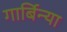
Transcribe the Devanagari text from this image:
गार्बिन्या